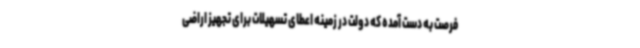
فرصت به دست آمده که دولت در زمینه اعطای تسهیلات برای تجهیز اراضی